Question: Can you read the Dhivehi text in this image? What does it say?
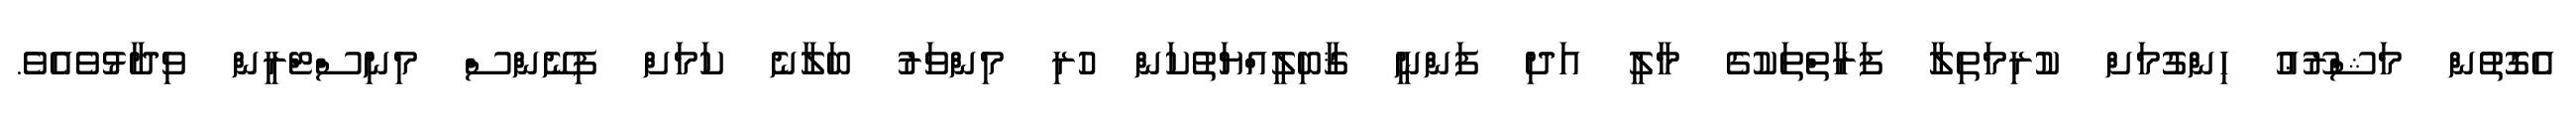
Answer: އެގޮތުން މަޝްރޫޢު ހިންގުމަށް ކުރިމަތިލާ ފަރާތްތަކުގެ މާލީ އަދި ފަންނީ ޤާބިލީއްޔަތުކަން ހުރި މިންވަރު ބަލާނެ ކަމަށް ފިނޭންސް މިނިސްޓްރީން ވިދާޅުވެއެވެ.